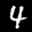
Label: 4